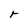
Character: r